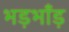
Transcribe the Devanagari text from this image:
भड़भाँड़